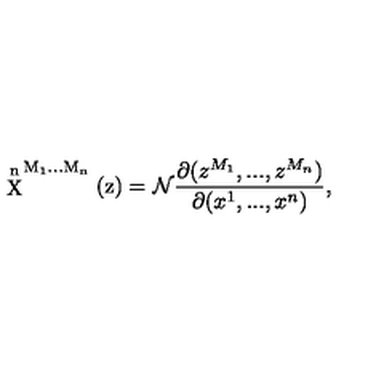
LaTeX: \mathrm { \stackrel { n } { X } ^ { M _ 1 . . . M _ n } ( z ) = { \cal N } } \frac { \partial ( z ^ { M _ { 1 } } , . . . , z ^ { M _ { n } } ) } { \partial ( x ^ { 1 } , . . . , x ^ { n } ) } ,